Materia medica of Madras volume I
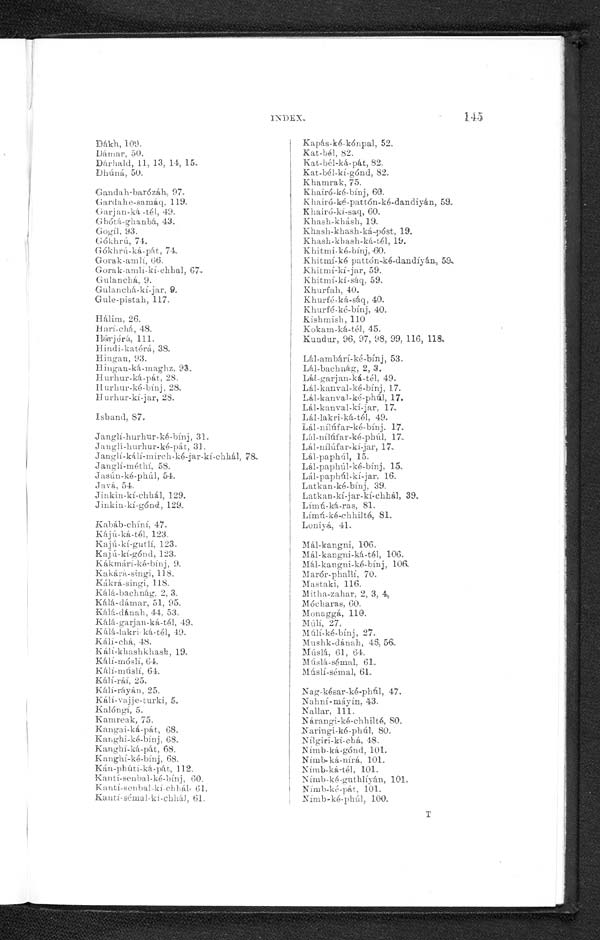
INDEX.
145
Dákh,109.
Dámar,50.
DárhaId, 11, 13, 14,15.
Dhúná, 50.
Gandah-barózáh, 97.
Gardahe-samáq, 119.
Ga r j a n- ká . – t é 1, 49.
Ghótá-ghanbá, 43.
Gogíl, 93-
Gókhrú, 74.
G ó k h r ú - k á - p á t , 7 4 ,
Gorak-amlí, 66.
Go r a k - a ml i - k í - c h h a l , 6 7
Gulanchá, 9.
Gulanchá-kí-jar, 9.
Gule-pistah, 117.
Hálim, 26.
Harí-chá, 48.
Hásjórá, 111.
Hindi-katérá, 38,
Hingan, 93.
Hingan-ká-maghz, 93.
Hurhur-ká-pát, 28.
Hurhur-ké-bínj, 28.
Hurhur-kí-jar, 28.
Isband, 87.
Janglí-hurhur-ké.-bínj, 31.
Janglí-hurhur-ké-pát, 31.
Jauglí-kálí-mirch-ké-jar-kí-chhál, 78.
Janglí-méthí, 58.
Jasún-ké-phúl, 54.
Javá, 54.
Jinkin-kí-chhál, 129.
Jinkin-kí-gónd, 129.
Kabáb-chíní, 47.
Kájú-ká-tél, 123.
Kajú-kí-gutlí, 123.
K a j ú – k í – g ó n d , 1 2 3 .
K á k má r í - k é - b í n j 9 .
Kakárá-singi, 118.
Kákrá-singi, 118.
Kálá-bachnág, 2,3
Kálá-dámar, 51, 95.
Kálá-dánah, 44, 53.
Kálá-garjan-ká-tél, 49,
Kálá-lakri-ká-tél, 49.
Kálí-chá, 48.
Kálí-khashkhasb, 19.
Kálí-móslí, 64.
Kálí-múslí 64.
K á l í - r á í 2 5 .
Kálí-ráyán, 25.
K á l í - v a j j e - t u r k i , 5
Kalóngí, 5.
Kamreak, 75.
Kangai-ká-pát,68.
Kanghi-ké-bínj,68.
Kanghí-ká-pát,68.
Kanghí-ké-bínj, 68.
k á n - p h ú t í - k á - p á t , 1 1 2
Kantí-senbal-ké-bínj, 60.
Kantí-senbal-kí-chhál, 61.
Kantí-sémbal-kí-chhál, 61.
Kapás-ké-kónpal, 52,
Kat-bél, 82.
Kat-bél-ká-pát, 82.
Kat-bél-kí-gónd, 82.
Khamrak, 75.
Khairó-ké-bínj, 60
Khairó-ké-pattón-ké-dandiyán, 59.
Khairó-kí-saq, 60.
Khash-khásh, 19.
Khash-khash-ká-póst, 19.
Khash-khash-ká-tél, 19.
Khitmi-ké-bínj, 60.
Khitmí-ké-pattón-ké-dandíyán, 59.
Khitmí-kí-jar, 59.
Khitmí-kí-sáq, 59.
Khurfah, 40.
Khurfé-ká-sáq,40.
Khurfé-ké-bínj,40.
Kishmish, 110
Kokam-ká.-tél, 45.
Kundur, 96, 97, 98, 99, 116, 118,
Lál-ambárí-ké-bínj, 53.
Lál-bachnág, 2, 3.
Lál-garjan-ká-tél,49.
Lál-kanval-ké-bínj, 17
Lál-kanval-ké-phúl, 17.
Lál-kanval-kí-jar, 17,
Lál-lakri-ká-tél 49.
Lál-nílúfar-ké,-bínj17.
Lál-nílúfar-ké-phúl, 17.
Lál-nílúfar-kí-jar, 17.
Lál-paphúl, 15.
Lál-paphúl-ké-bínj, 15.
LáI-paphúl-kí-jar, 16
Latkan-ké-bínj, 39.
Latkan-kí-jar-kí-chhál, 39.
Límú-ká-ras, 81.
Límú-ké-chhilté, 81.
Loniyá, 41.
Mál-kangni, 106.
Mál-kangni-ká-tél, 106.
Mál-kangni-ké-bínj, 106.
Marór-phalli, 70.
Mastaki, 116.
Mitha-zahar, 2, 3, 4,
Mócharas, 60.
Monaggá, 110.
Múlí, 27.
Múlí-ké-bínj, 27.
Mushk-dánah, 45,
56,
Músl á, 61, 64
Múslá-sémal, 61.
Múslí-sémal, 61.
Nag-késar-ké-phúl, 47.
Nahní-máyín, 43.
Nallar, 111-
Nárangi-ké-chhilté, 80.
Naringí-ké-phúl, 80.
Nílgiri-kí-chá, 48.
Nimb-ká-gónd, 101.
Nímb-ká-nírá, 101.
Nimb-ká-tél,101.
Nímb-ké-guthIíyán, 101,
Nímb-ké-pát, 101.
Nimb-ké-phúl, 100.